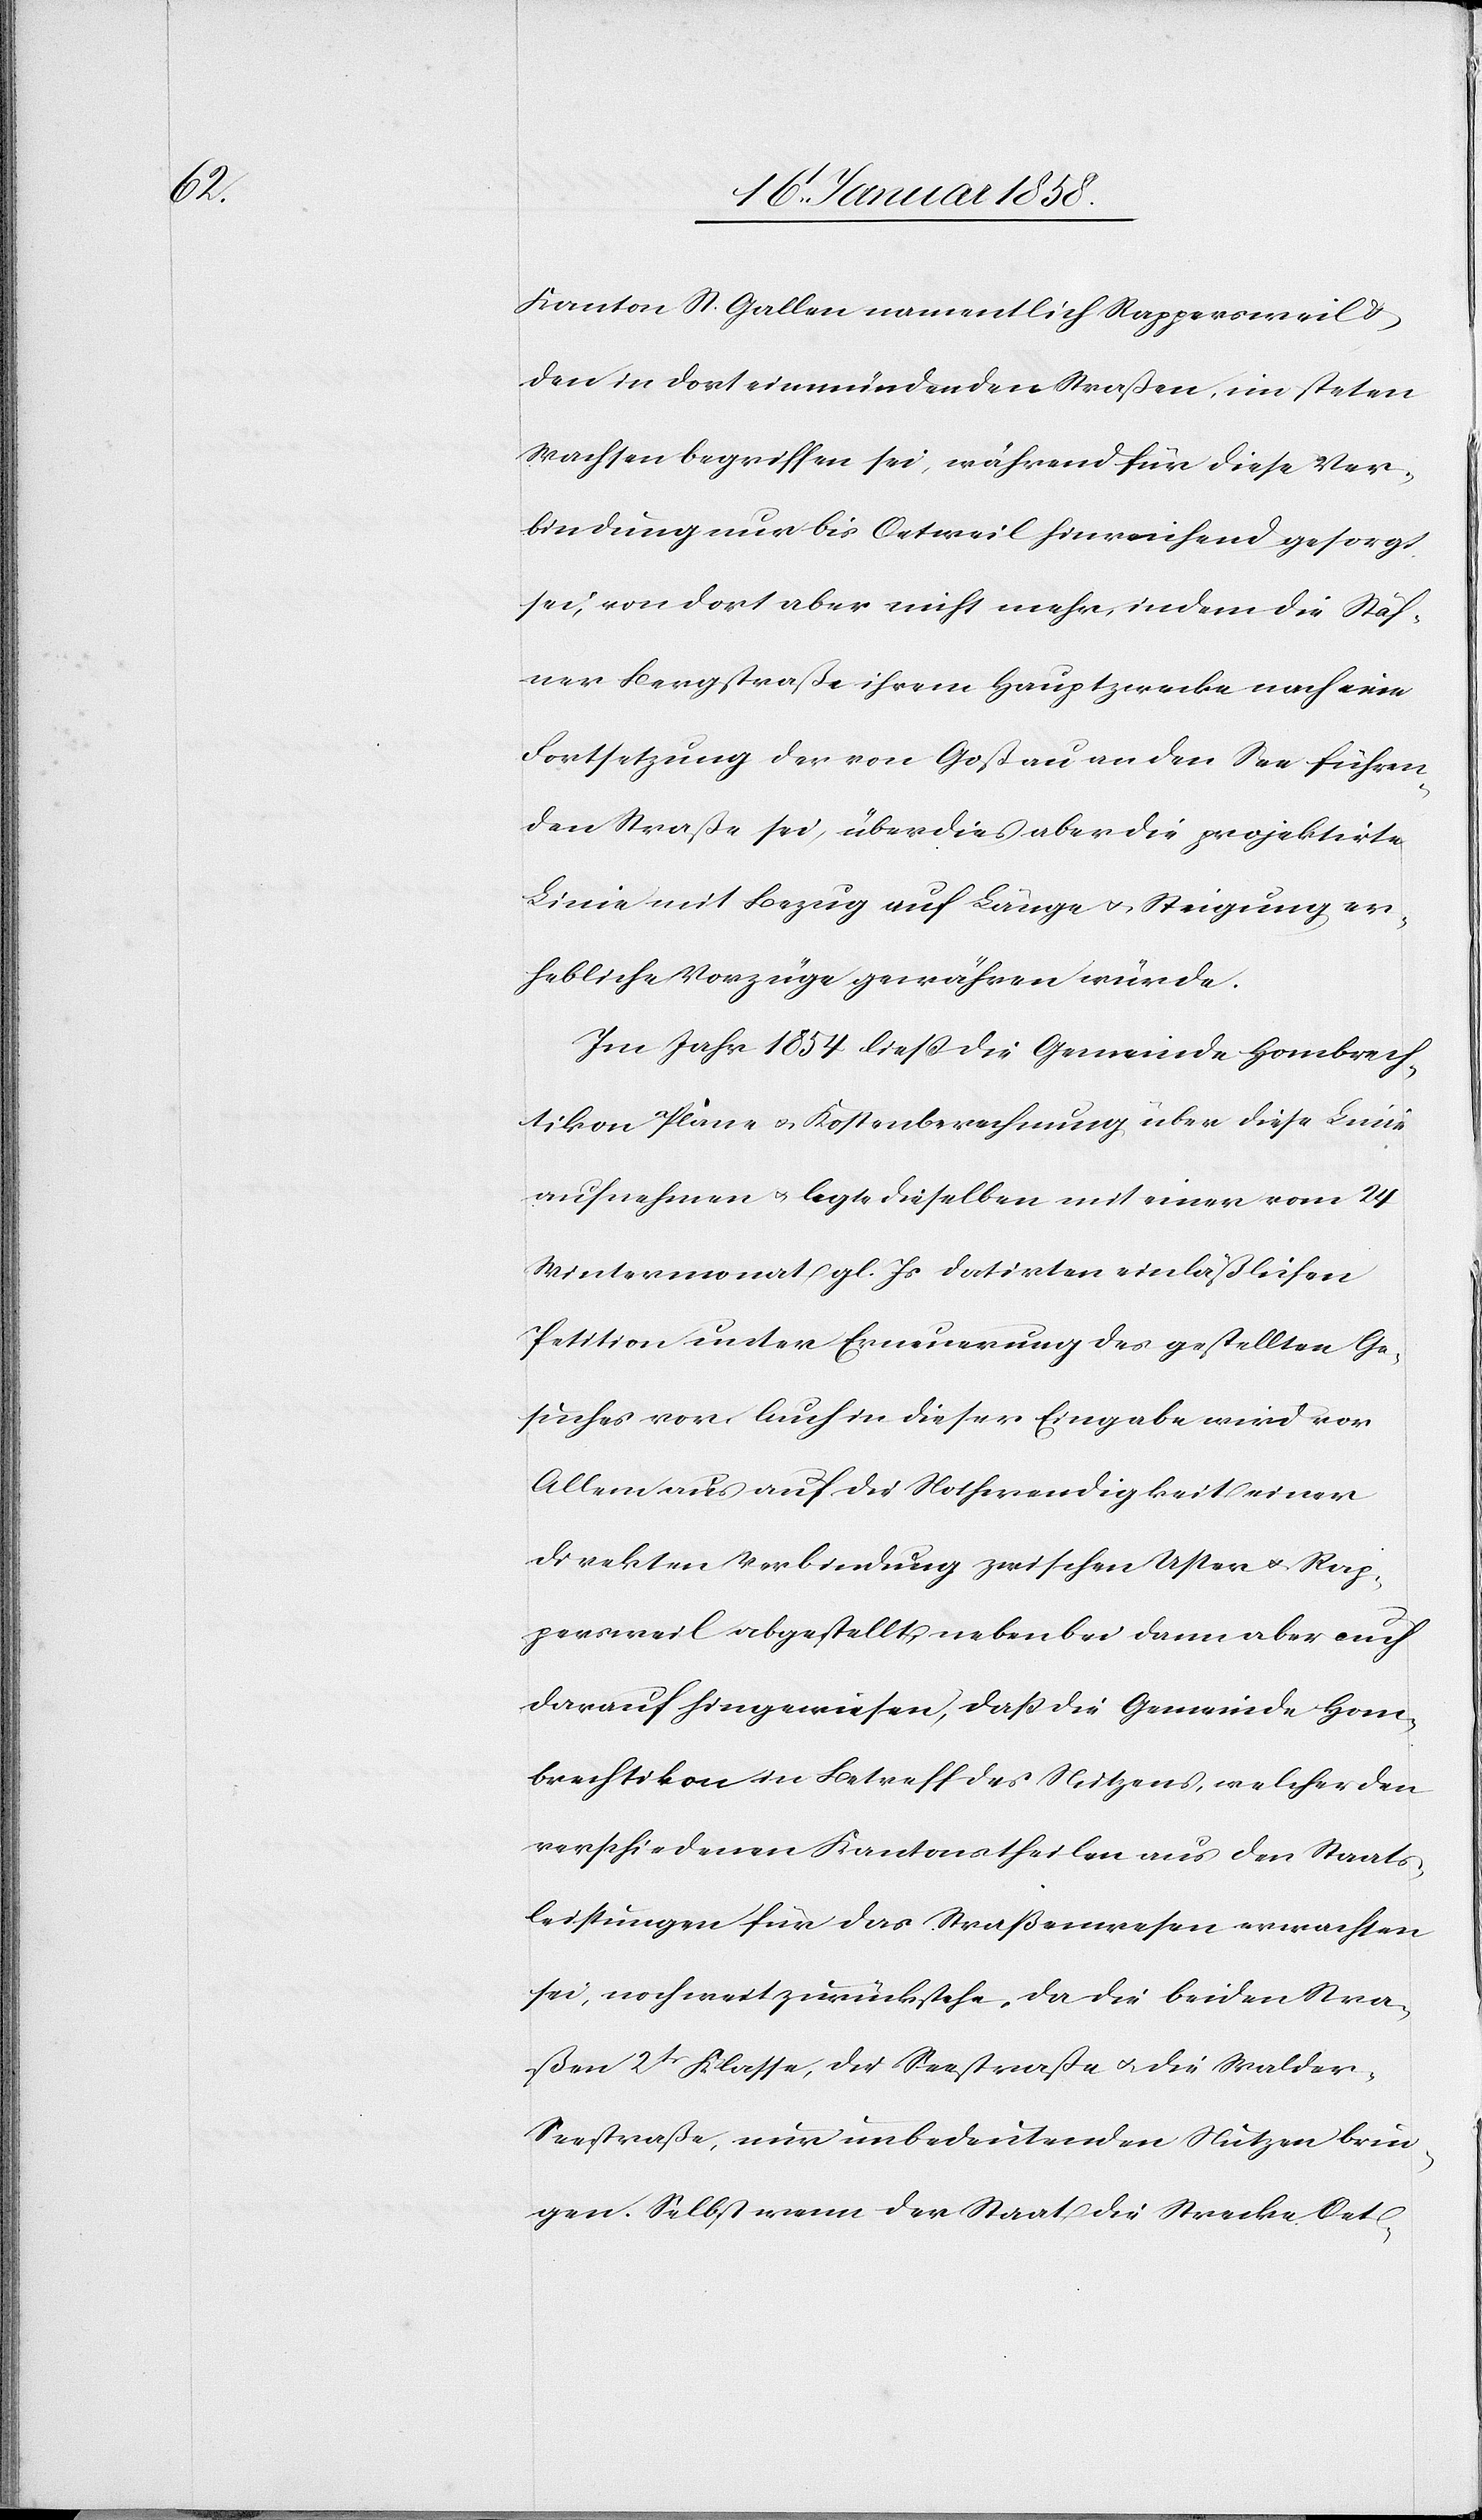
Kanton St. Gallen namentlich Rappersweil u.
den in dort einmündenden Straßen, im steten
Wachsen begriffen sei, während für diese Ver¬
bindung nur bis Oetweil hinreichend gesorgt
sei, von dort aber nicht mehr, indem die Stäf¬
ner Bergstraße ihrem Hauptzwecke nach eine
Fortsetzung der von Goßau an den See führen¬
den Straße sei, überdies aber die projektirte
Linie mit Bezug auf Länge u. Steigung er¬
hebliche Vorzüge gewähren würde.
Im Jahr 1854 ließ die Gemeinde Hombrech¬
tikon Pläne u. Kostenberechnung über diese Linie
aufnehmen u. legte dieselben mit einer vom 24
Wintermonat gl. Js datirten einläßlichen
Petition unter Erneuerung des gestellten Ge¬
suches vor. Auch in dieser Eingabe wird vor
Allem aus auf die Nothwendigkeit einer
direkten Verbindung zwischen Uster u. Rap¬
persweil abgestellt, nebenbei dann aber auch
darauf hingewiesen, daß die Gemeinde Hom¬
brechtikon in Betreff des Nutzens, welcher den
verschiedenen Kantonstheilen aus den Staats¬
leistungen für das Straßenwesen erwachsen
sei, noch weit zurückstehe, da die beiden Stra¬
ßen 2t. Klasse, die Seestraße u. die Walder-S¬
eestraße, nur unbedeutenden Nutzen brin¬
gen. Selbst wenn der Staat die Strecke Oet-